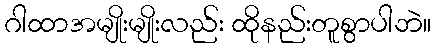
ဂါထာအမျိုးမျိုးလည်း ထိုနည်းတူစွာပါဘဲ။